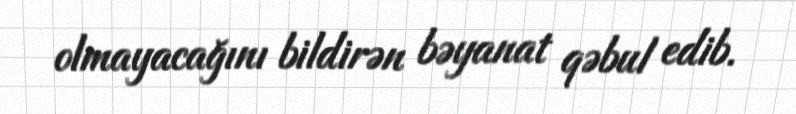
olmayacağını bildirən bəyanat qəbul edib.